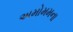
અમોમમના